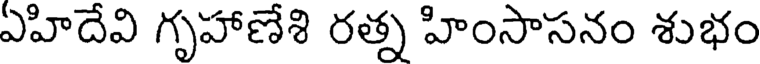
ఏహిదేవి గృహాణేశి రత్న హింసాసనం శుభం